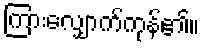
ကြားလျှောက်ကုန်၏။